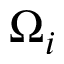
\Omega _ { i }